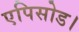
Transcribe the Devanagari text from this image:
एपिसोड।